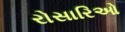
રોસારિઓ